Report on vaccination in Madras 1922-1929 - 1922-1929
Year: 1922
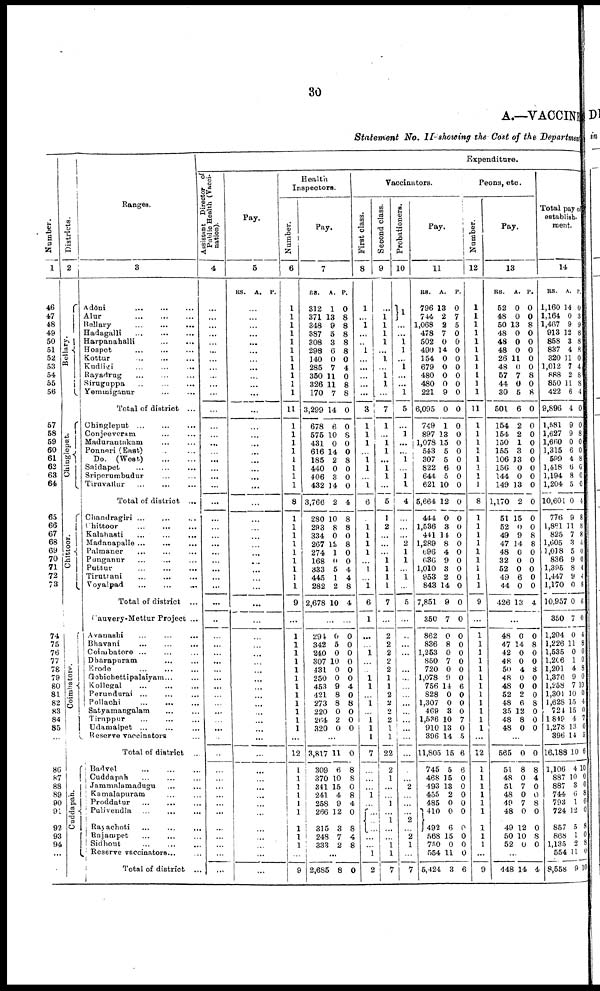
30
A.—VACCINE
Statement No. II showing the Cost of the Department
Number.
1
46
47
48
49
50
51
52
53
54
55
56
57
58
59
60
61
62
63
64
65
66
67
68
69
70
71
72
73
74
75
76
77
78
79
80
81
82
83
84
85
86
87
88
89
90
91
92
93
94
...
Districts.
2
Bellary.
Chingleput.
Chittoor.
Coimbatore.
Cuddapah.
Ranges.
3
Adōni ... ... ...
Alur
...
...
...
Bellary
...
...
...
Hadagalli
...
...
...
Harpanahalli
...
...
...
Hospet
...
...
...
Kottur ... ... ...
Kudligi
...
...
...
Rayadrug ... ... ...
Siruguppa
...
...
...
Yeminiganur ... ...
Total of district ...
Chingleput
...
...
...
Conjeeveram ... ...
Madarantakam ... ...
Ponneri (East) ... ...
Do. (West)
...
...
Saidapet ... ... ...
Sriperumbudur ... ...
Tiravallur ... ...
Total of district ...
Chandragiri
...
...
...
Chittoor
...
...
...
Kalahasti
...
...
...
Madanapalle ...
...
...
Palmaner ... ... ...
Punganur
...
... ...
Puttur
...
...
...
Tiruttani ... ... ...
Voyalpad
...
...
...
Total of district ...
Cauvery-Mettur Project ...
Avanashi ... ... ...
Bhavani
...
...
...
Coimbatore ... ... ...
Dharapuram ... ...
Erode
...
...
...
Gobichettipalaiyam... ...
Kollegal
...
...
...
Perundurai ...
...
...
Pollachi
...
...
...
Satyamangalam ... ...
Tiruppur ... ... ...
Udamalpet ... ... ...
Reserve vaccinators ...
Total of district ...
Badvel ... ... ...
Cuddapah
...
...
...
Jammalamadugu ... ...
Kamalapuram ... ...
Proddatur ... ... ...
Palivendla ...
...
...
Rayachoti ... ... ...
Rajampet ... ... ...
Sidhout ... ... ...
Reserve vaccinators... ...
Total of district ...
Expenditure.
Assistant Director of
Public Health (Vacci
nation).
4
...
...
...
...
...
...
...
...
...
...
...
...
...
...
...
...
...
...
...
...
...
...
...
...
...
...
...
...
...
...
...
...
...
...
...
...
...
...
...
...
...
...
...
...
...
...
...
...
...
...
...
...
...
...
...
...
...
Pay.
5
RS. A. P.
...
...
...
...
...
...
...
...
...
...
...
...
...
...
...
...
...
...
...
...
...
...
...
...
...
...
...
...
...
...
...
...
...
...
...
...
...
...
...
...
...
...
...
...
...
...
...
...
...
...
...
...
...
...
...
...
...
Health
Inspectors.
Number.
6
1
1
1
1
1
1
1
1
1
1
1
11
1
1
1
1
1
1
1
1
8
1
1
1
1
1
1
1
1
1
9
...
1
1
1
1
1
1
1
1
1
1
1
1
...
12
1
1
1
1
1
1
1
1
1
1
9
Pay.
7
RS.
312
371
348
387
308
298
140
285
350
326
170
3,299
678
575
431
616
185
440
406
432
3,766
280
293
334
267
274
168
333
445
282
2,678
A.
1
13
9
5
3
6
0
7
11
11
7
14
6
10
0
14
2
0
3
14
2
10
8
0
12
1
0
5
1
2
10
P.
0
8
8
8
8
8
0
4
0
8
8
0
0
8
0
0
8
0
0
0
4
8
8
0
8
0
0
4
4
8
4
...
294
342
240
307
431
250
453
421
273
220
264
320
0
5
0
10
0
0
9
8
8
0
2
0
0
0
0
0
0
0
4
0
8
0
0
0
...
3,817
309
370
341
241
258
266
11
6
10
15
4
9
12
0
8
8
0
8
4
0
315
248
333
3
7
2
8
4
8
...
2,685 8 0
Vaccinators.
First class.
8
1
...
1
...
..
1
...
...
...
...
...
3
1
1
1
...
1
1
...
1
6
1
1
1
1
...
1
...
1
6
1
...
...
1
...
...
1
1
...
1
...
1
1
1
7
...
...
...
1
...
...
...
...
...
...
1
2
Second class.
9
...
1
1
1
1
...
1
...
1 1
...
7
1
...
1
1
...
1
1
...
5
1
2
...
...
...
1
1
1
1
7
...
2
2
2
2
2
1
1
2
2
2
2
1
1
22
2
1
...
...
1
...
1
...
...
1 1
7
Probationers.
10
1
...
...
1
1
...
1
...
...
1
5
...
1
...
...
1
...
1
1
4
...
...
...
2
1
1
...
1
...
5
...
...
...
...
...
...
...
...
...
...
...
...
...
...
...
...
...
2
...
...
...
2
...
2
1
...
7
Pay.
11
RS.
796
744
1,068
478
502
490
154
679
480
480
221
6,095
749
897
1,078
543
307
822
644
621
5,664
444
1,536
441
1,289
696
636
1,010
953
843
7,851
350
862
836
1,253
850
720
1,078
756
828
1,307
469
1,586
910
396
11,805
745
468
493
455
485
410
A.
13
2
2
7
0
14
0
0
0
0
9
0
1
13
15
5
5
6
5
10
12
0
3
14
8
4
9
3
2
14
9
7
0
8
0
7
0
9
14
0
0
3
10
13
14
15
5
15
13
2
0
0
P.
0
7
5
0
0
0
0
0
0
0
0
0
0
0
0
0
0
0
0
0
0
0
0
0
0
0
0
0
0
0
0
0
0
0
0
0
0
0
6
0
0
0
7
0
5
6
6
0
0
0
0
0
492
568
750
554
5,424
6
15
0
11
3
0
0
0
0
6
Peons, etc.
Number.
12
1
1
1
1
1
1
1
1
1
1
1
11
1
1
1
1
1
1
1
1
8
0
1
1
1
1
1
...
...
...
9
...
1
1
1
1
1
1
1
1
1
1
1
1
...
12
1
1
1
1
1
1
1
1
1
...
9
Pay.
13
RS.
52
48
50
48
48
48
26
48
57
44
30
501
154
154
150
155
106
156
144
149
1,170
51
52
49
47
48
32
52
49
44
426
A.
0
0
13
0
0
0
11
0
7
0
5
6
2
2
1
3
13
0
0
13
2
15
0
9
14
0
0
0
6
0
13
P.
0
0
8
0
0
0
0
0
8
0
8
0
0
0
0
0
0
0
0
0
0
0
0
8
8
0
0
0
0
0
4
...
48
47
42
48
50
48
48
52
48
35
48
48
0
14
0
0
4
0
0
2
6
12
8
0
0
8
0
0
8
0
0
0
8
0
0
0
...
565
51
48
51
48
49
48
0
8
0
7
0
7
0
0
8
4
0
0
8
0
49
50
52
12
10
0
0
8
0
...
448 14 4
Total pay of
establish
ment.
14
RS.
1,160
1,164
1,467
913
858
837
320
1,012
888
850
422
9,896
1,581
1,627
1,660
1,315
599
1,418
1,194
1,204
10,601
776
1,881
825
1,605
1,018
836
1,395
1,447
1,170
10,957
350
1,204
1,226
1,535
1,206
1,201
1,376
1,258
1,301
1,628
721
1,849
1,278
396
16,188
1,106
887
887
744
793
724
A.
14
0
9
12
3
4
11
7
2
11
6
4
9
9
0
6
4
6
8
5
0
9
11
7
3
5
9
8
9
0
0
7
0
11
0
1
4
9
7
10
15
15
4
13
14
10
4
10
3
6
1
12
P.
0
3
9
8
8
8
0
4
8
8
4
0
0
8
0
0
8
6
0
0
4
8
8
8
4
0
0
4
4
8
8
0
4
8
0
0
8
0
10
0
4
0
7
0
5
6
10
0
0
8
0
0
857
868
1,135
554
8,558
5
1
2
11
9
8
0
8
0
10